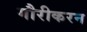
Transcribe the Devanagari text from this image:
गौरीकरन